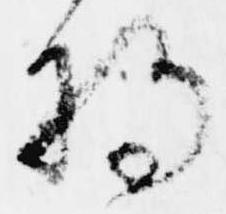
将